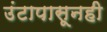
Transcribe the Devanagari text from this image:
उंटापासूनही